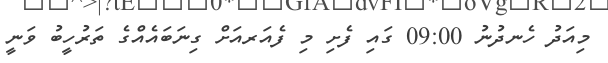
މިއަދު ހެނދުނު 09:00 ގައި ފެށި މި ފެއަރއަށް ގިނަބައެއްގެ ތަރުހީބު ވަނީ